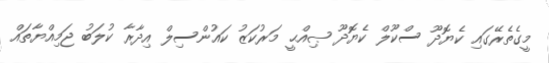
މީގެތެރޭގައި ކެޔޮދޫ ސްކޫލް ކެޔޮދޫ ޞިއްޙީ މަރުކަޒު ކައުންސިލް އިދާރާ ކުލަބު ޖަމިއްޔާތައް